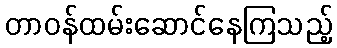
တာဝန်ထမ်းဆောင်နေကြသည့်